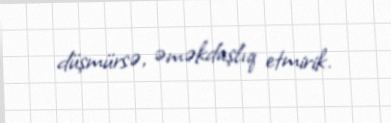
düşmürsə, əməkdaşlıq etmirik.